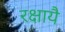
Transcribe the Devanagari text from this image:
रक्षायै